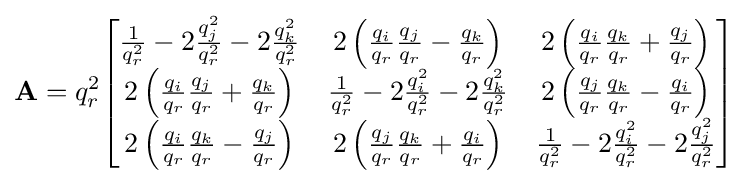
\mathbf {A} =q_{r}^{2}{\begin{bmatrix}{\frac {1}{q_{r}^{2}}}-2{\frac {q_{j}^{2}}{q_{r}^{2}}}-2{\frac {q_{k}^{2}}{q_{r}^{2}}}&2\left({\frac {q_{i}}{q_{r}}}{\frac {q_{j}}{q_{r}}}-{\frac {q_{k}}{q_{r}}}\right)&2\left({\frac {q_{i}}{q_{r}}}{\frac {q_{k}}{q_{r}}}+{\frac {q_{j}}{q_{r}}}\right)\\2\left({\frac {q_{i}}{q_{r}}}{\frac {q_{j}}{q_{r}}}+{\frac {q_{k}}{q_{r}}}\right)&{\frac {1}{q_{r}^{2}}}-2{\frac {q_{i}^{2}}{q_{r}^{2}}}-2{\frac {q_{k}^{2}}{q_{r}^{2}}}&2\left({\frac {q_{j}}{q_{r}}}{\frac {q_{k}}{q_{r}}}-{\frac {q_{i}}{q_{r}}}\right)\\2\left({\frac {q_{i}}{q_{r}}}{\frac {q_{k}}{q_{r}}}-{\frac {q_{j}}{q_{r}}}\right)&2\left({\frac {q_{j}}{q_{r}}}{\frac {q_{k}}{q_{r}}}+{\frac {q_{i}}{q_{r}}}\right)&{\frac {1}{q_{r}^{2}}}-2{\frac {q_{i}^{2}}{q_{r}^{2}}}-2{\frac {q_{j}^{2}}{q_{r}^{2}}}\end{bmatrix}}